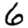
Digit: 6